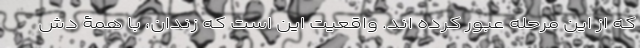
که از این مرحله عبور کرده اند. واقعیت این است که زندان، با همۀ دش